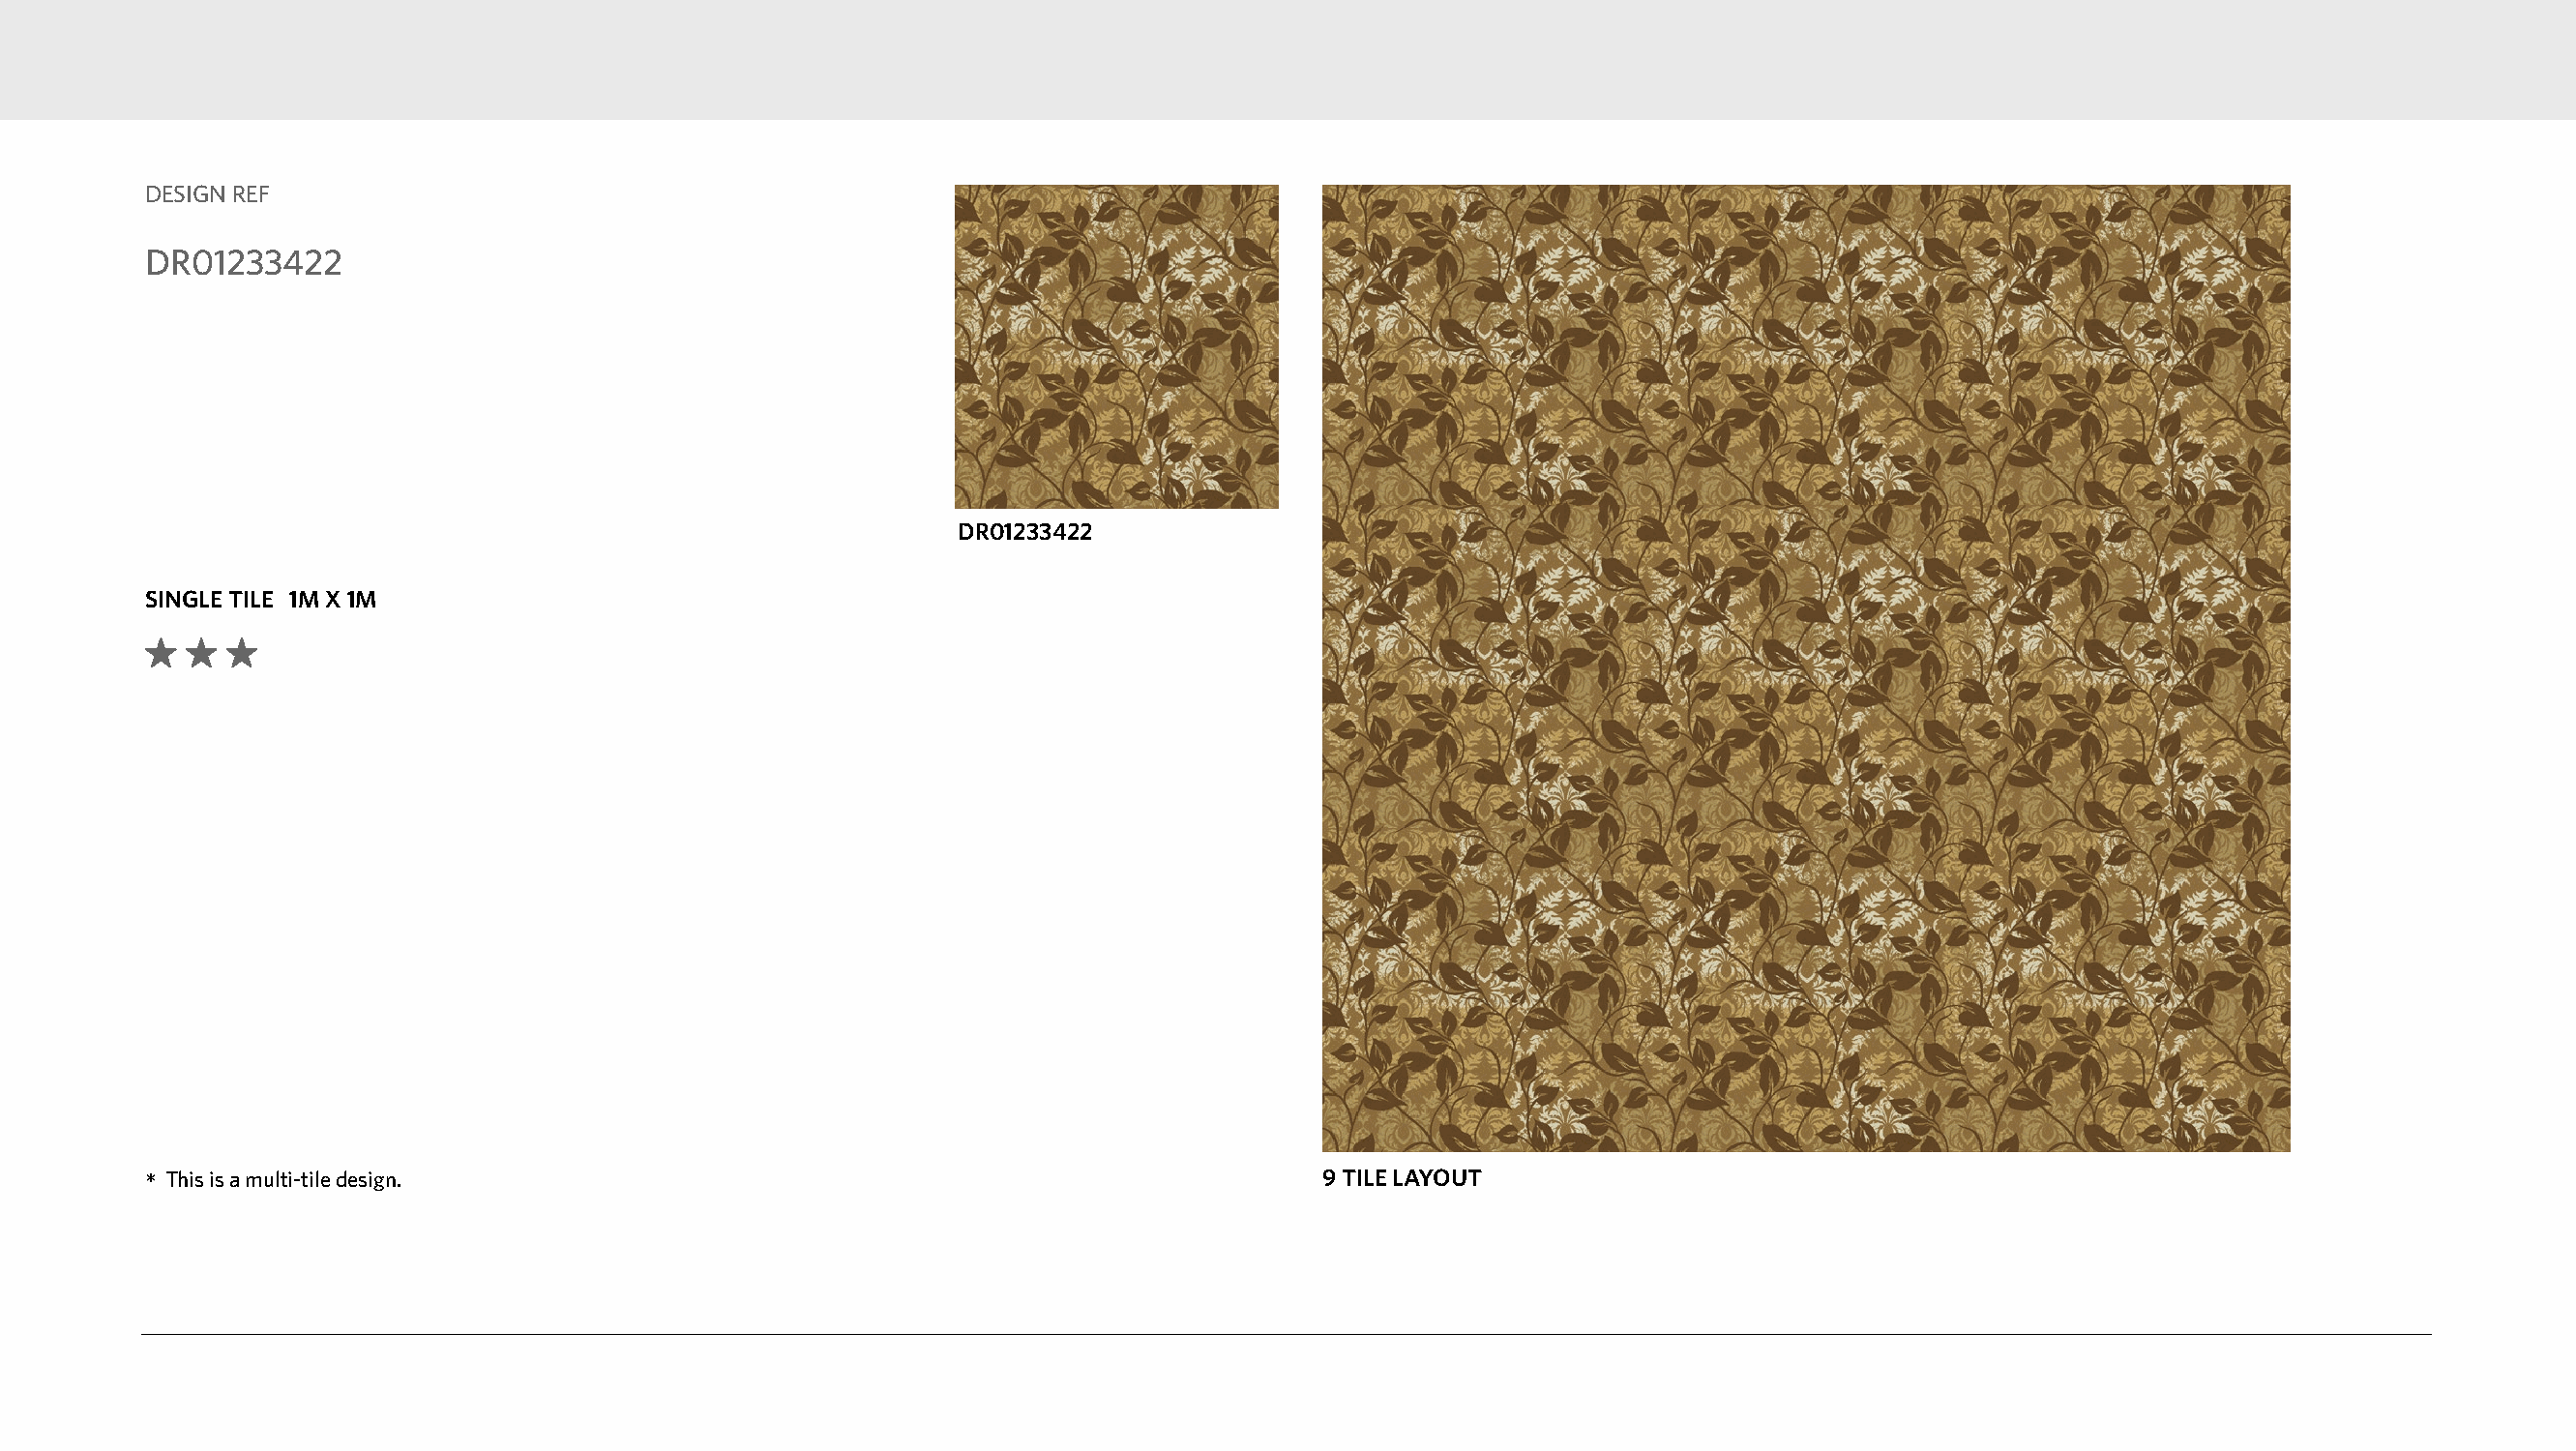
DESIGN REF
 DR01233422
 DR01233422
 SINGLE TILE 1M X 1M
 *This is a multi-tile design.                                                    9 TILE LAYOUT